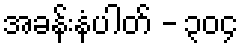
အခန်းနံပါတ် - ၃၀၄